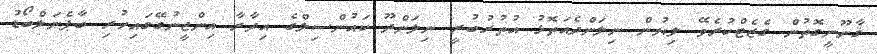
ޤާނޫނީގޮތުން ގެޒެޓްކުރެވޭ ލިޔުން ނިލަންދެއަތޮޅު އުތުރުބުރީ ނިލަންދޫ ކައުންސިލްގެ އިދާރާ އިންޖީނުގޭގައިހުރި ބާޕެނަލްބޯޑު